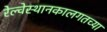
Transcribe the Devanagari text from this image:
रेल्वेस्थानकालगतच्या